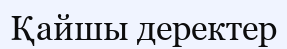
Қайшы деректер